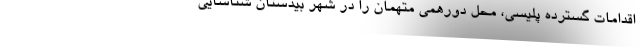
اقدامات گسترده پلیسی، محل دورهمی متهمان را در شهر بیدستان شناسایی